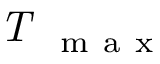
\textit { T } _ { \mathrm { ~ m ~ a ~ x ~ } }